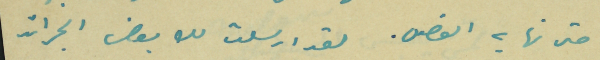
حتى نهاية الفصل. لقد ارسلت لك بعض الجرائد